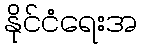
နိုင်ငံရေးအ